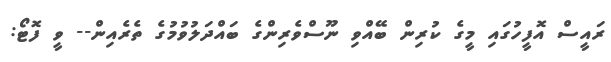
ރައީސް އޮފީހުގައި މީގެ ކުރިން ބޭއްވި ނޫސްވެރިންގެ ބައްދަލުވުމުގެ ތެރެއިން-- ވީ ފޮޓޯ: